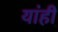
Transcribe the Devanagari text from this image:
यांही